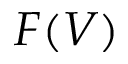
F ( V )